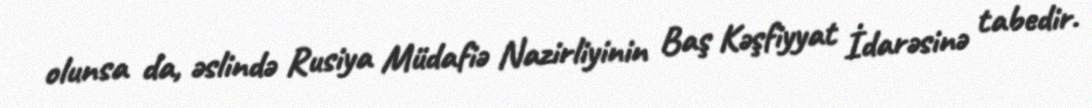
olunsa da, əslində Rusiya Müdafiə Nazirliyinin Baş Kəşfiyyat İdarəsinə tabedir.